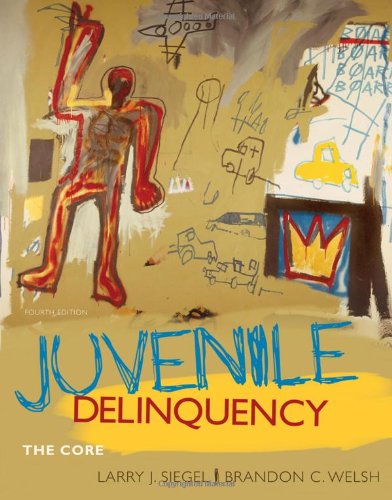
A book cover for Juvenile Delinquency: The Core; Larry J. Siegel; Law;